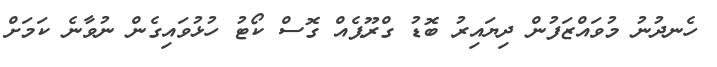
ހެނދުނު މުވައްޒަފުން ދިޔައިރު ބޮޑު ގްރޫޕެއް ގޮސް ކޯޓު ހުޅުވައިގެން ނުވާނެ ކަމަށް